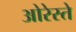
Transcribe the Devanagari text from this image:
ओरेस्ते